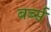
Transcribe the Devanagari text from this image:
बर्ब्स